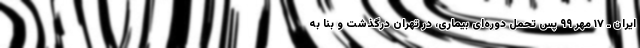
ایران ـ ۱۷ مهر ۹۹ پس تحمل دوره‌ای بیماری، در تهران درگذشت و بنا به